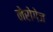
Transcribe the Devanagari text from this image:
नेरोगेज